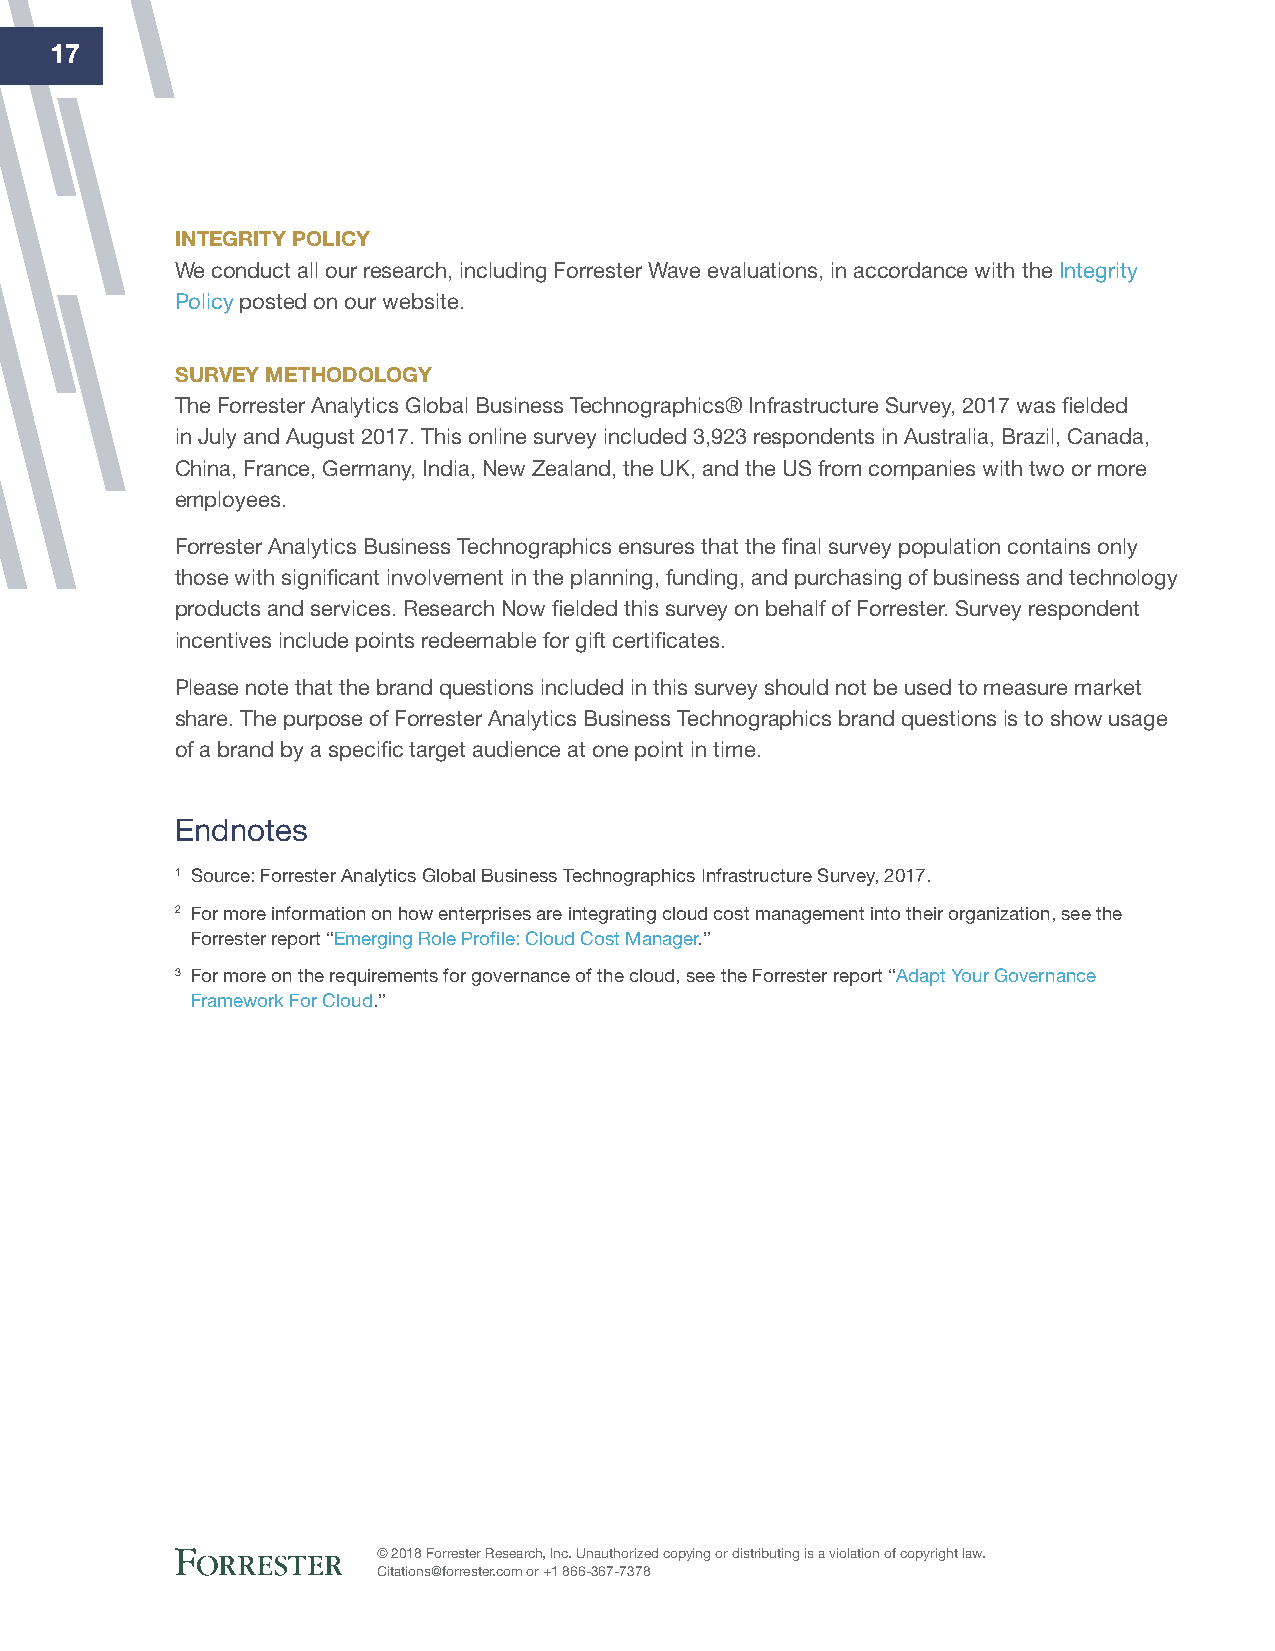
17
 iNtegrity pOliCy
 We conduct all our research, including Forrester Wave evaluations, in accordance with the Integrity
 Policy posted on our website.
 Survey MethOdOlOgy
 The Forrester Analytics Global Business Technographics® Infrastructure Survey, 2017 was fielded
 in July and August 2017. This online survey included 3,923 respondents in Australia, Brazil, Canada,
 China, France, Germany, India, New Zealand, the UK, and the US from companies with two or more
 employees.
 Forrester Analytics Business Technographics ensures that the final survey population contains only
 those with significant involvement in the planning, funding, and purchasing of business and technology
 products and services. Research Now fielded this survey on behalf of Forrester. Survey respondent
 incentives include points redeemable for gift certificates.
 Please note that the brand questions included in this survey should not be used to measure market
 share. The purpose of Forrester Analytics Business Technographics brand questions is to show usage
 of a brand by a specific target audience at one point in time.
 Endnotes
 1 Source: Forrester Analytics Global Business Technographics Infrastructure Survey, 2017.
 2 For more information on how enterprises are integrating cloud cost management into their organization, see the
 Forrester report “Emerging Role Profile: Cloud Cost Manager.”
 3 For more on the requirements for governance of the cloud, see the Forrester report “Adapt Your Governance
 Framework For Cloud.”
 © 2018 Forrester Research, Inc. Unauthorized copying or distributing is a violation of copyright law.
 Citations@forrester.com or +1 866-367-7378